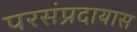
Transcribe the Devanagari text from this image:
परसंप्रदायास